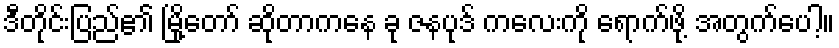
ဒီတိုင်းပြည်၏ မြို့တော် ဆိုတာကနေ ခု ဇနပုဒ် ကလေးကို ရောက်ဖို့ အတွက်ပေါ့။